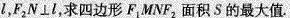
l，F_{2}N\perp l，求四边形F_{1}MNF_{2}面积S的最大值。